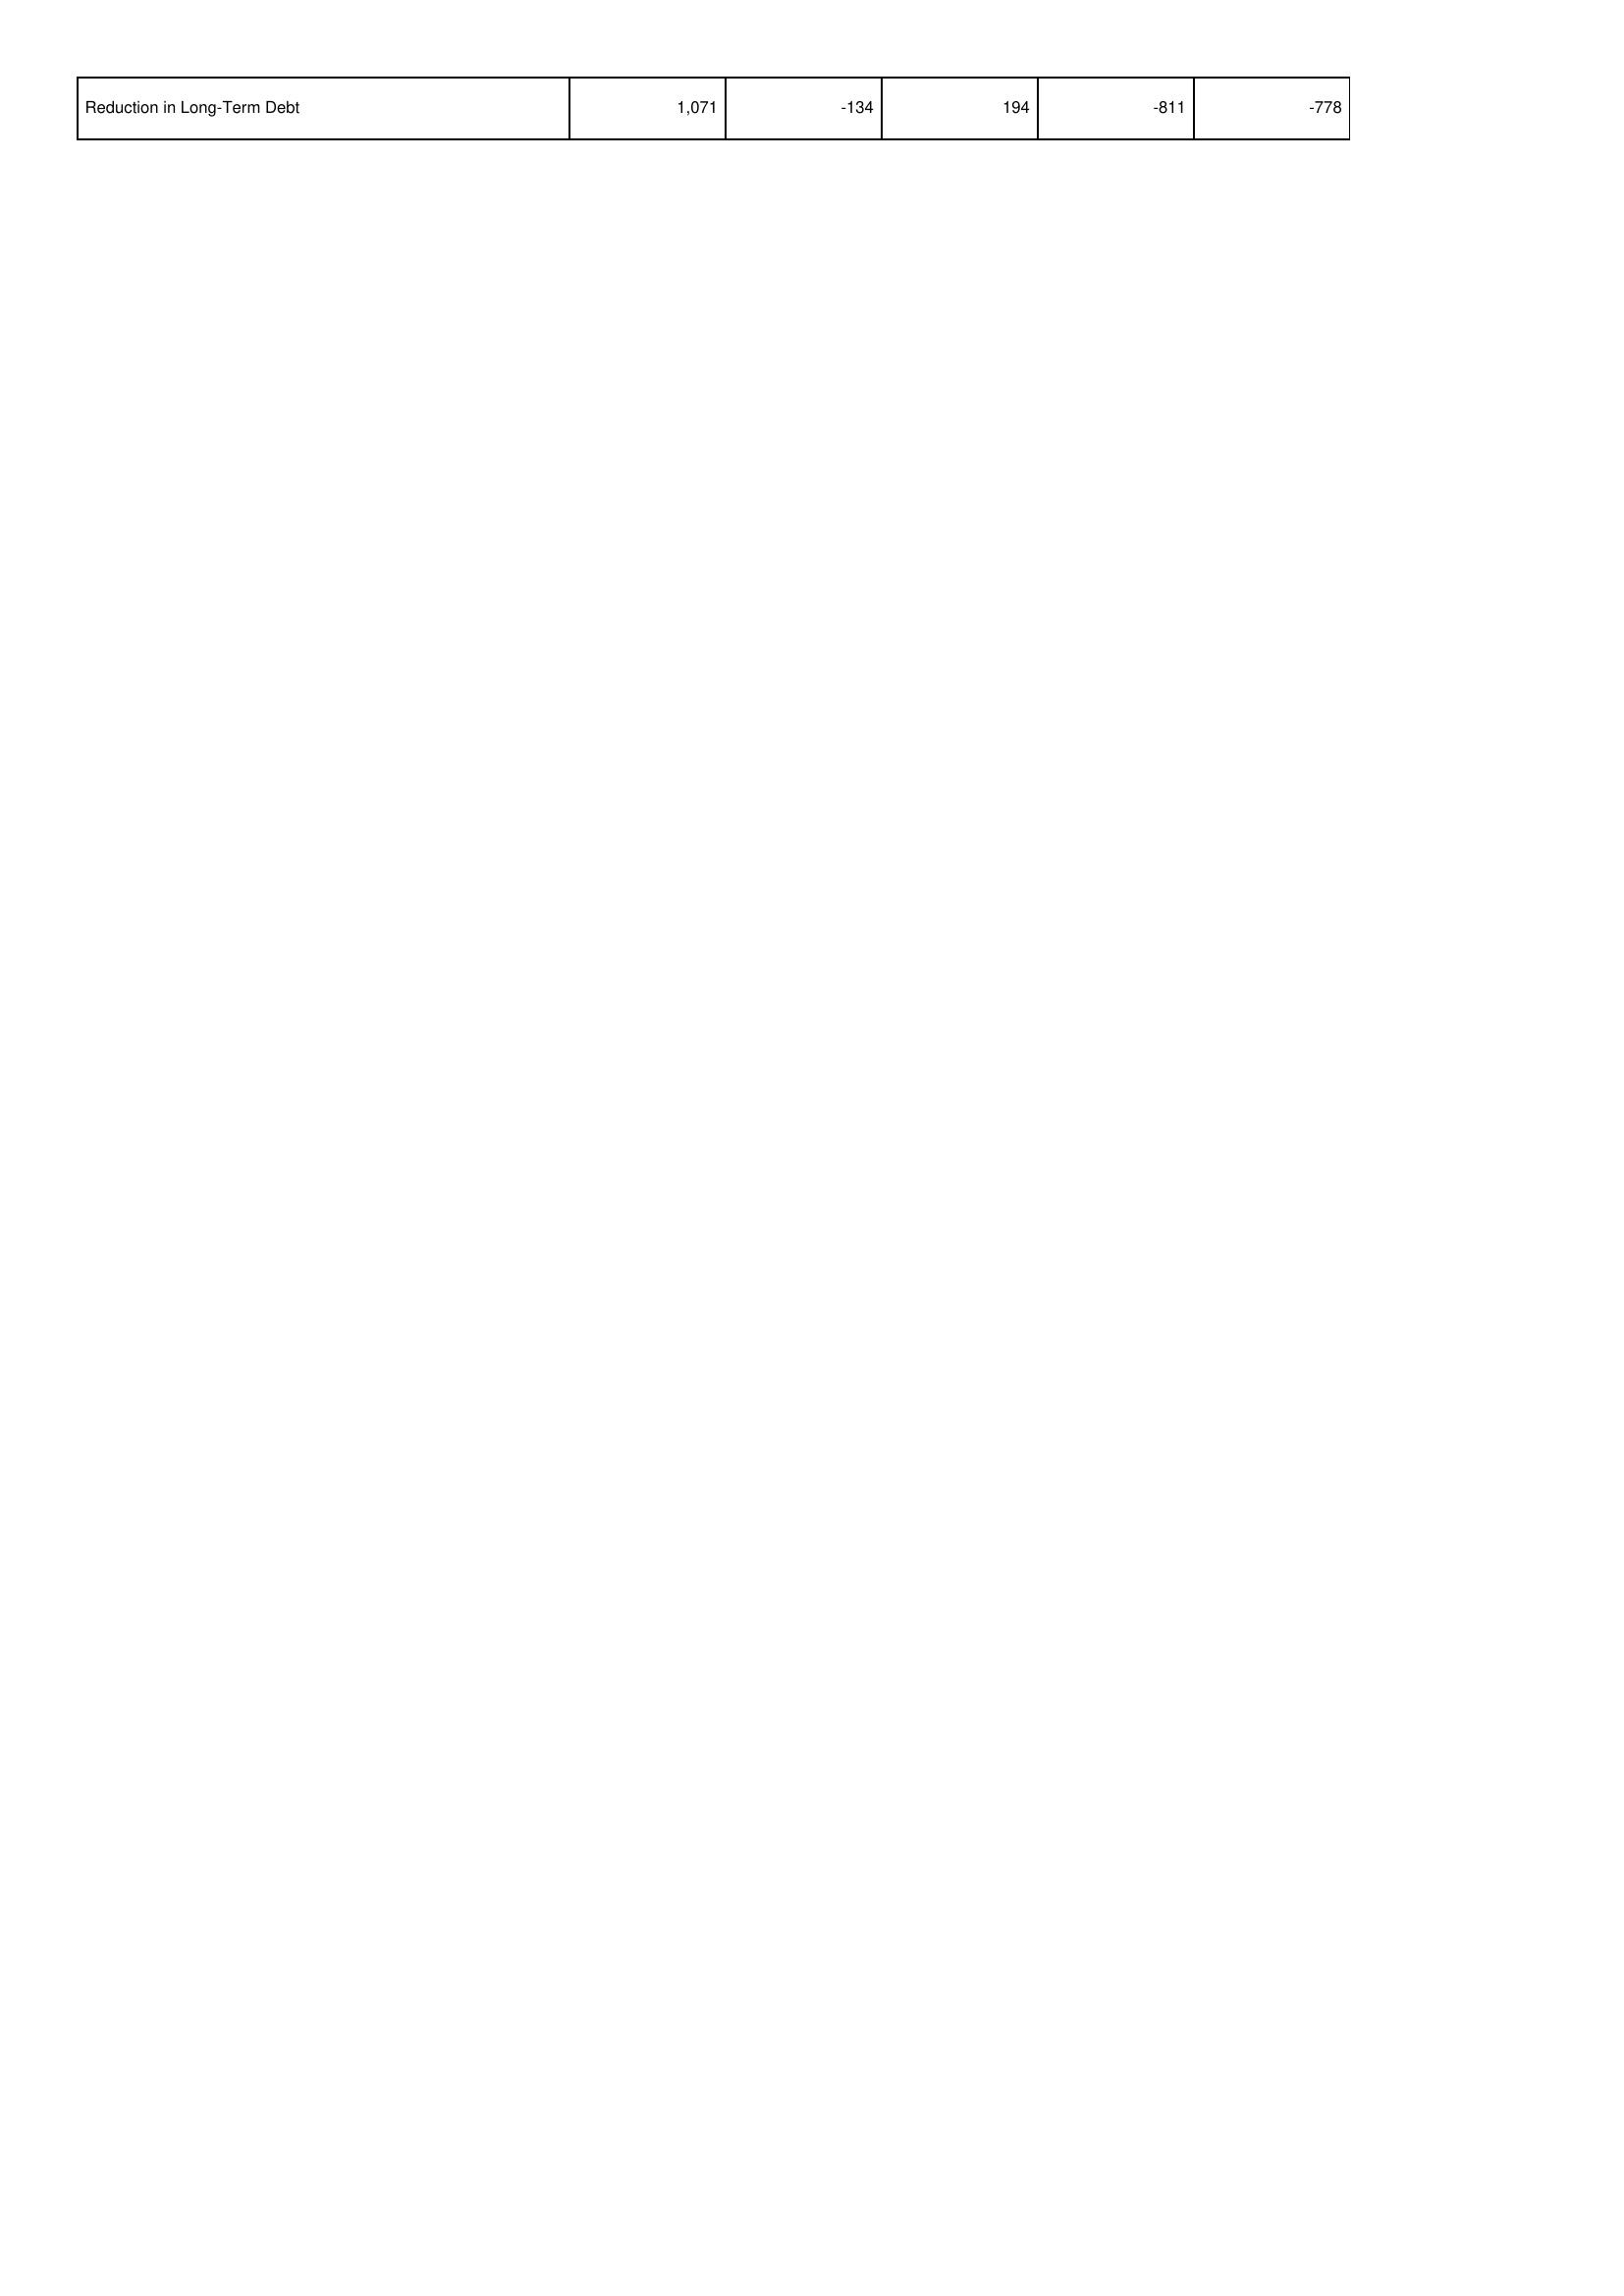
2010: Financing Activities: Reduction in Long-Term Debt: 1,071
2009: Financing Activities: Reduction in Long-Term Debt: -134
2008: Financing Activities: Reduction in Long-Term Debt: 194
2007: Financing Activities: Reduction in Long-Term Debt: -811
2006: Financing Activities: Reduction in Long-Term Debt: -778